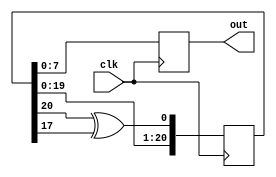
`timescale 1ns / 1ps
//////////////////////////////////////////////////////////////////////////////////
// Company: 
// Engineer: 
// 
// Design Name: 
// Module Name:    RNG 
// Project Name: 
// Target Devices: 
// Tool versions: 
// Description: 
//
// Dependencies: 
//
// Revision: 
// Revision 0.01 - File Created
// Additional Comments: 
//
//////////////////////////////////////////////////////////////////////////////////
module RNG( clk, out
    );
	 
	 input clk;
	 output reg [7:0] out;
	 
	 reg [20:0] rand;
	 initial rand = ~(20'b0);
	 reg [20:0] rand_next;
	 wire feedback;
	 
	 assign feedback = rand[20] ^ rand[17];
	 
	 always @ (posedge clk)
	 begin
		rand <= rand_next;
		out = rand[7:0];
	 end
	 
	 always @ *
	 begin
		rand_next = {rand[19:0], feedback};
	 end

endmodule